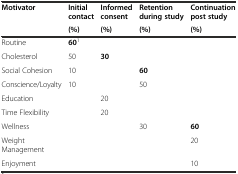
| <ROWSPAN=2> Motivator | Initial contact | Informed consent | Retention during study | Continuation post study |
 | (%) | (%) | (%) | (%) |
 | --- | --- | --- | --- | --- |
 | Routine | 601 |  |  |  |
 | Cholesterol | 50 | 30 |  |  |
 | Social Cohesion | 10 |  | 60 |  |
 | Conscience/Loyalty | 10 |  | 50 |  |
 | Education |  | 20 |  |  |
 | Time Flexibility |  | 20 |  |  |
 | Wellness |  |  | 30 | 60 |
 | Weight Management |  |  |  | 20 |
 | Enjoyment |  |  |  | 10 |